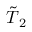
\tilde { \boldsymbol { T } } _ { 2 }